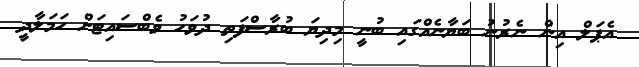
އެޕަލް އިން ނެރުނު ބަޔާނެއްގައި ބުނީ މިދިޔަ ބުރާސްފަތި ދުވަހު ވެބްސައިޓަށް ހަމަލާދީ